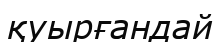
қуырғандай